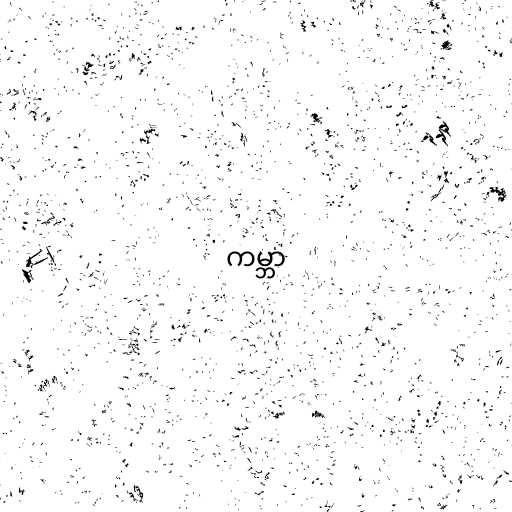
ကမ္ဘာ